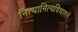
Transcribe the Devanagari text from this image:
नित्यानित्यविचारानें